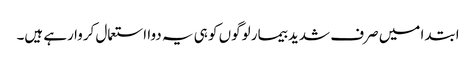
ابتدا میں صرف شدید بیمار لوگوں کو ہی یہ دوا استعمال کروا رہے ہیں۔